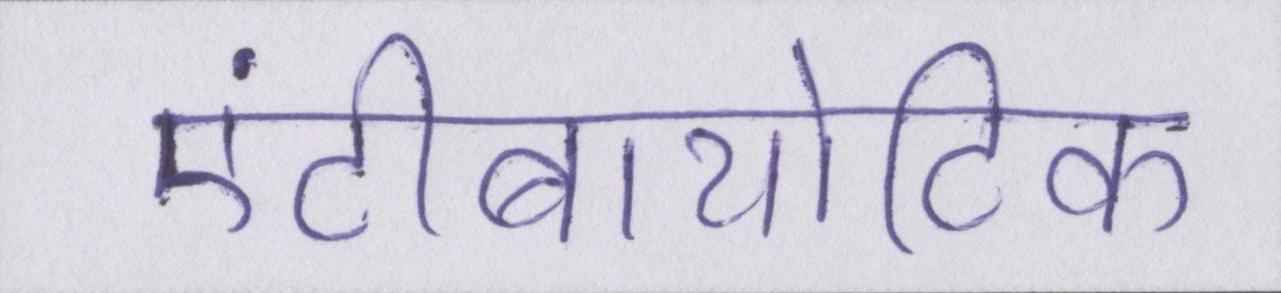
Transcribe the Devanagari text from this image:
एंटीबायोटिक